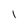
Character: I